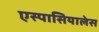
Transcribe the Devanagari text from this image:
एस्पासियालेस